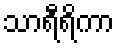
သာရီရိကာ